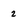
Character: 2